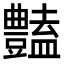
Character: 𧰟